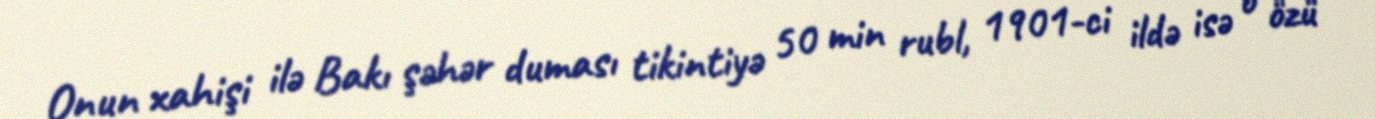
Onun xahişi ilə Bakı şəhər duması tikintiyə 50 min rubl, 1901-ci ildə isə o özü